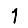
Digit: 1